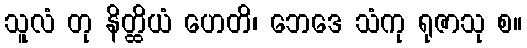
သူလံ တု နိတ္ထိယံ ဟေတိ၊ ဘေဒေ သံကု ရုဇာသု စ။